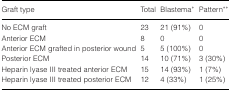
<table><thead><tr><td><b>Graft type</b></td><td><b>Total</b></td><td><b>Blastema*</b></td><td><b>Pattern**</b></td></tr></thead><tbody><tr><td>No ECM graft</td><td>23</td><td>21 (91%)</td><td>0</td></tr><tr><td>Anterior ECM</td><td>8</td><td>0</td><td>0</td></tr><tr><td>Anterior ECM grafted in posterior wound</td><td>5</td><td>5 (100%)</td><td>0</td></tr><tr><td>Posterior ECM</td><td>14</td><td>10 (71%)</td><td>3 (30%)</td></tr><tr><td>Heparin lyase III treated anterior ECM</td><td>15</td><td>14 (93%)</td><td>1 (7%)</td></tr><tr><td>Heparin lyase III treated posterior ECM</td><td>12</td><td>4 (33%)</td><td>1 (25%)</td></tr></tbody></table>